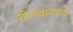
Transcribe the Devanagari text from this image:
गोलकन्याय